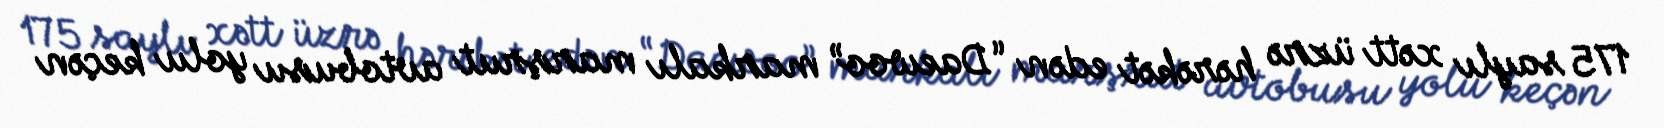
175 saylı xətt üzrə hərəkət edən “Daewoo” markalı marşrut avtobusu yolu keçən